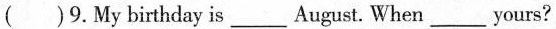
( )9.My birthday is_August. When_ yours?